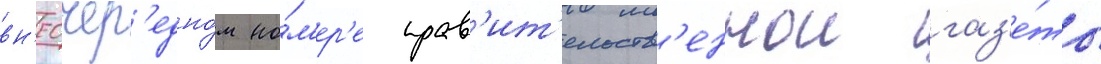
вн'еочер'едно́м но́м'ер'е прав'ит'ельств'еннои газ'е́ты